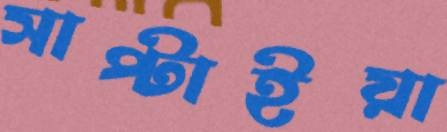
সাপ্‌টাইয়া